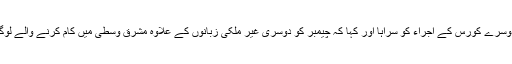
سینئر نائب صدر رانا سکندر اعظم خاں نے بھی چینی زبان کے دوسرے کورس کے اجراء کو سراہا اور کہا کہ چیمبر کو دوسری غیر ملکی زبانوں کے علاوہ مشرق وسطی میں کام کرنے والے لوگوں کیلئے عربی بول چال کے کورس بھی شروع کرنے چاہیءں۔